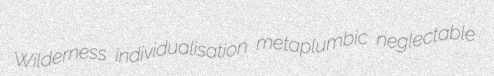
Wilderness individualisation metaplumbic neglectable